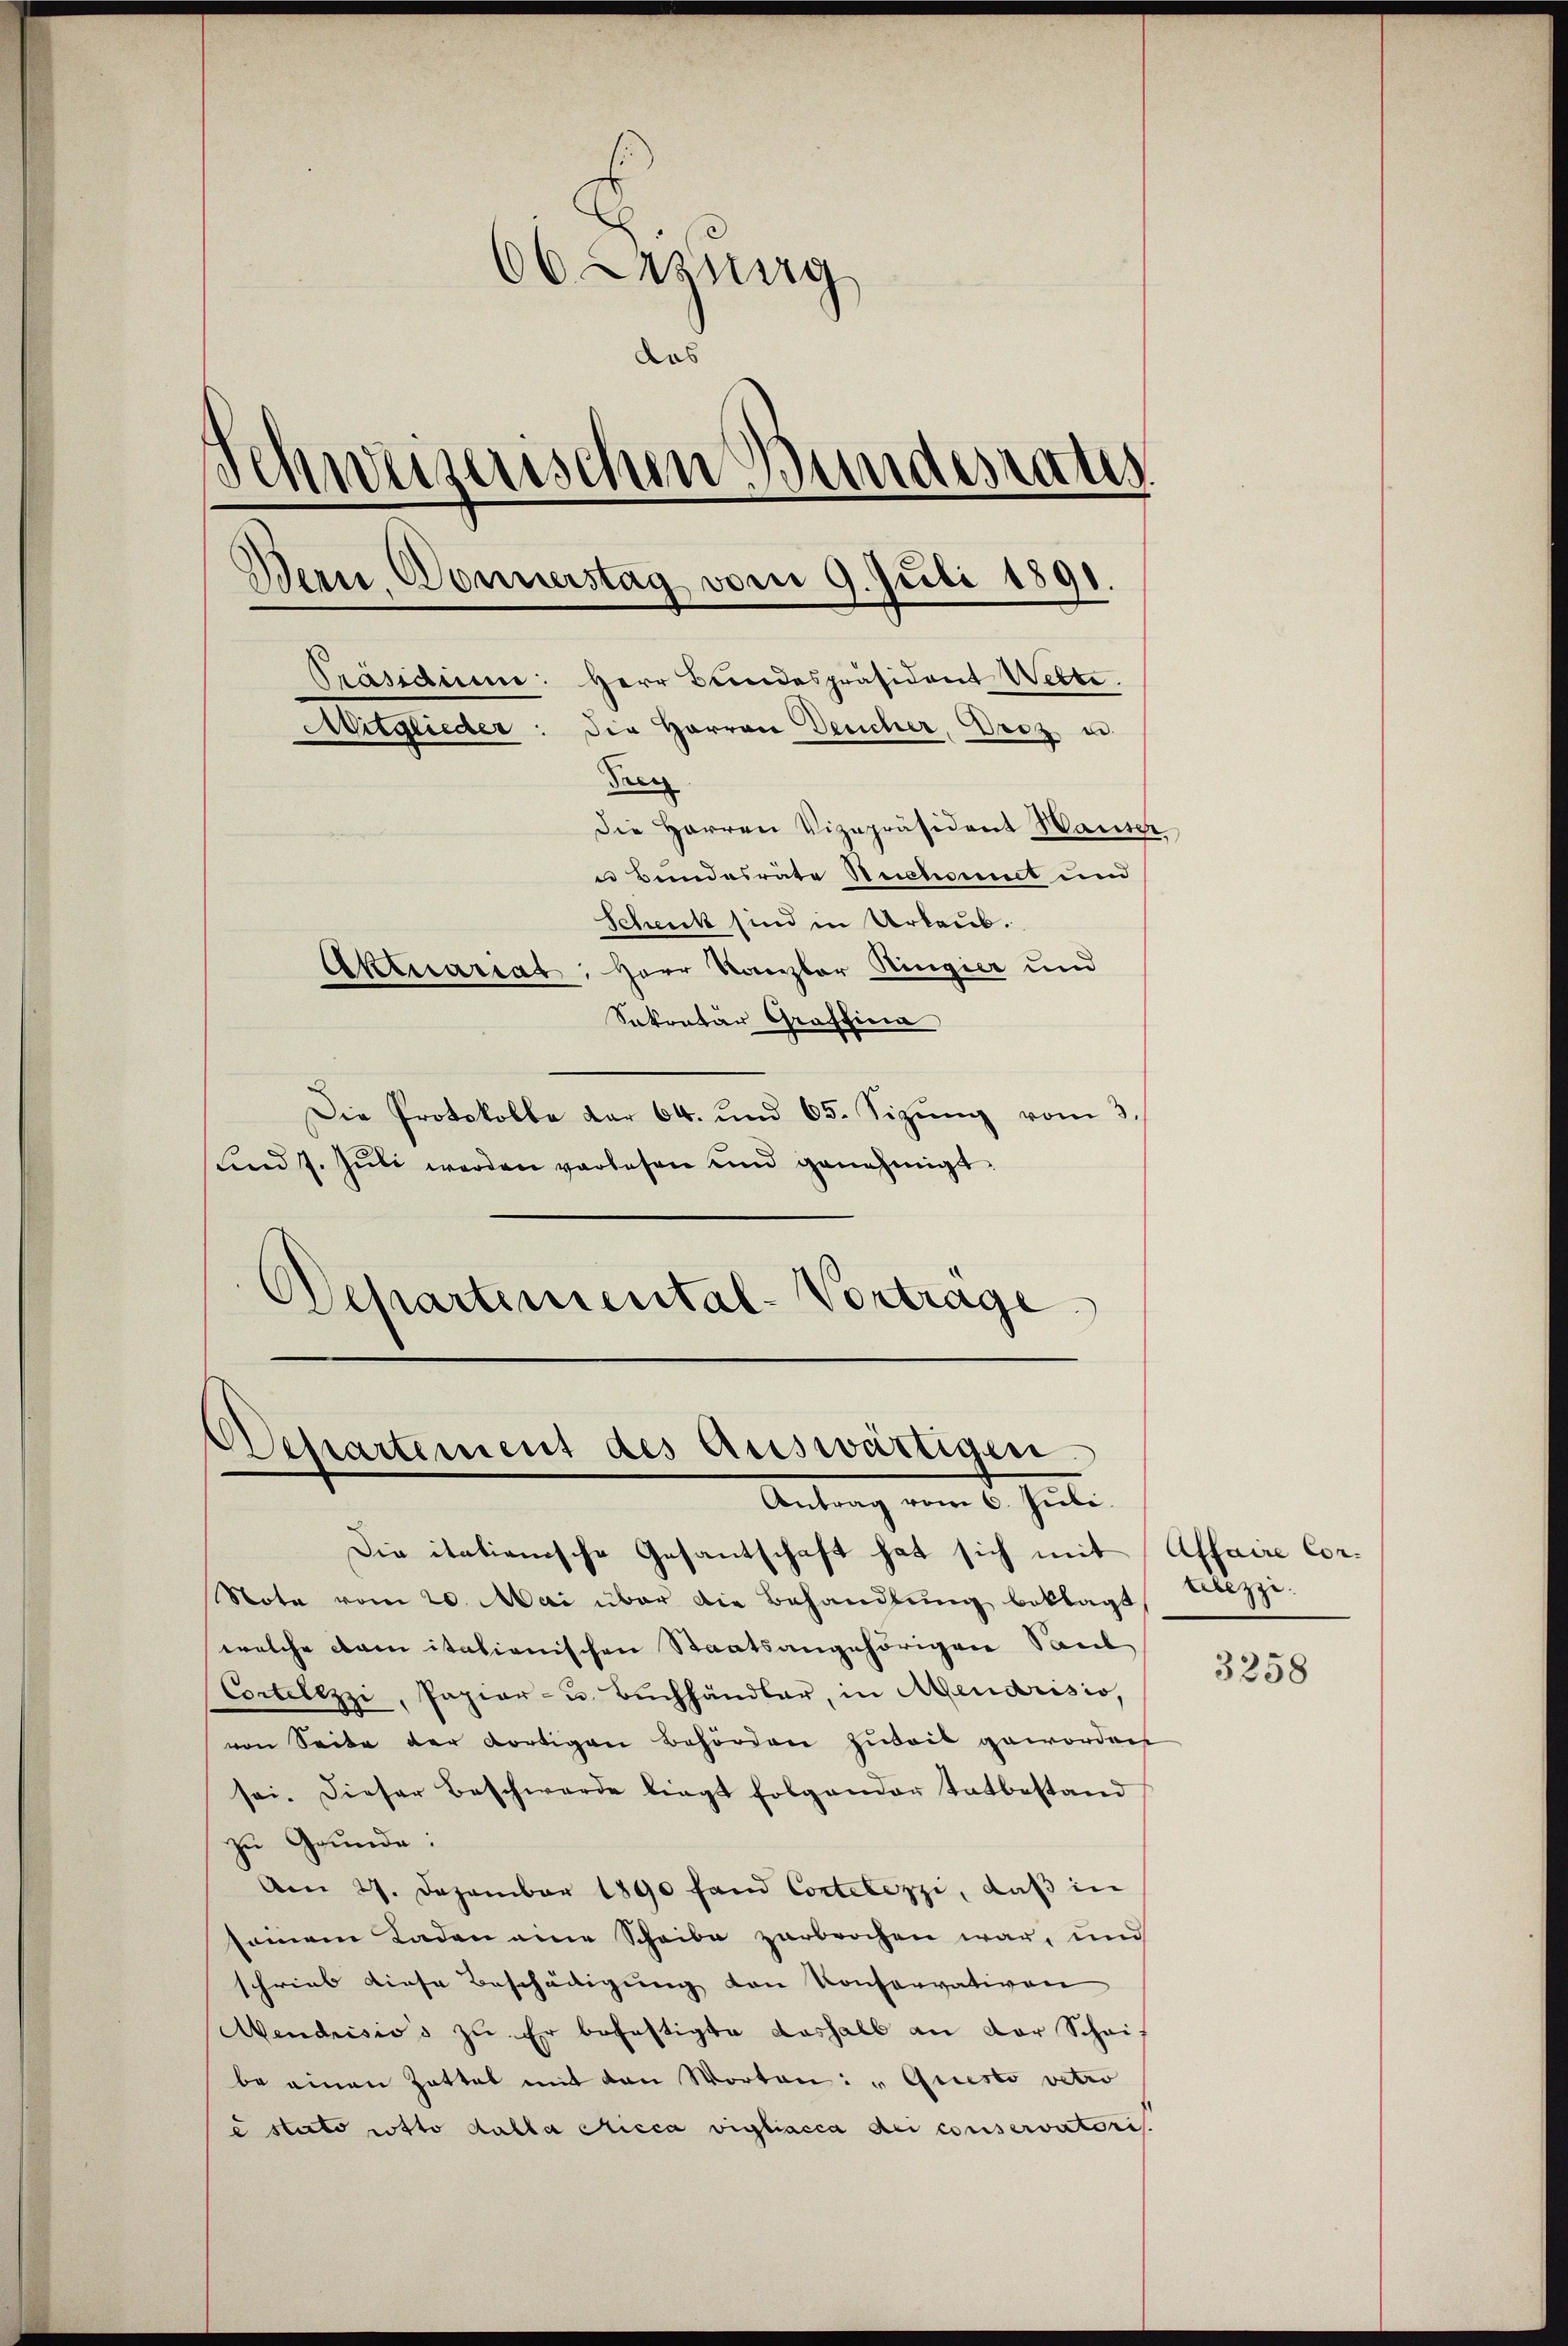
6 Lazung
das
Schweizerischen Bundesrats
Bern, Donnerstag vom 9. Juli 1891.
Präsidium: Herr Bundespräsident Wette.
Mitglieder: die Herren Deucher, Proz u.
dren
Die Herren Vizepräsident Waiser,
u Bundesräte Rectorit und
Schenk sind in Urlaub.
Aktuariat: Herr Kanzler Ringier und
Sokratar Graffina

Die Protokolle dar 64. und 65. Sizung vom 3.
und 7. Jŭli werden vorlesen und genehmigt.
Departemental-Vortrage

Die itationische Gesantschaft hat sich mit Affaire Cor¬
Nota vom 20. Mai über die Behandlung beklagt
welche damitationischen Staatsangehörigen Saul
Cortelezzi, Papier- u Bŭchhändler, in Mendrisio,
von Seite der dortigen Behörden zuteil geworden
sei. Dieser Beschwerde liegt folgender Tatbestand
zu Grunde:
Am 27. Dezember 1890 fand Contelezzi, daß in
seinem Laden eine Scheibe zerbrochen war, und
schrieb diese Bescheitigung den konservativen
Mendrisiss zu. Er befestigte deshalb an der Scheibe einen Zettel mit den Worten: " Griesto vetro
e stato rotto dalla Ricca vigliacca dei conservatoris

Departement des Auswärtigen.
Antrag vom 6. Juli.

tebezzi.

3258